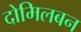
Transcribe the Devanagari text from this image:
दोमिलबन